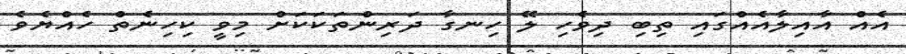
އެއް އާއިލާއެއްގައި ތިބި ދިވެހި ލޭ ހިނގާ ދަރިންތަކަކަށް މިވީ ކިހިނެތް ހެއްޔެވެ